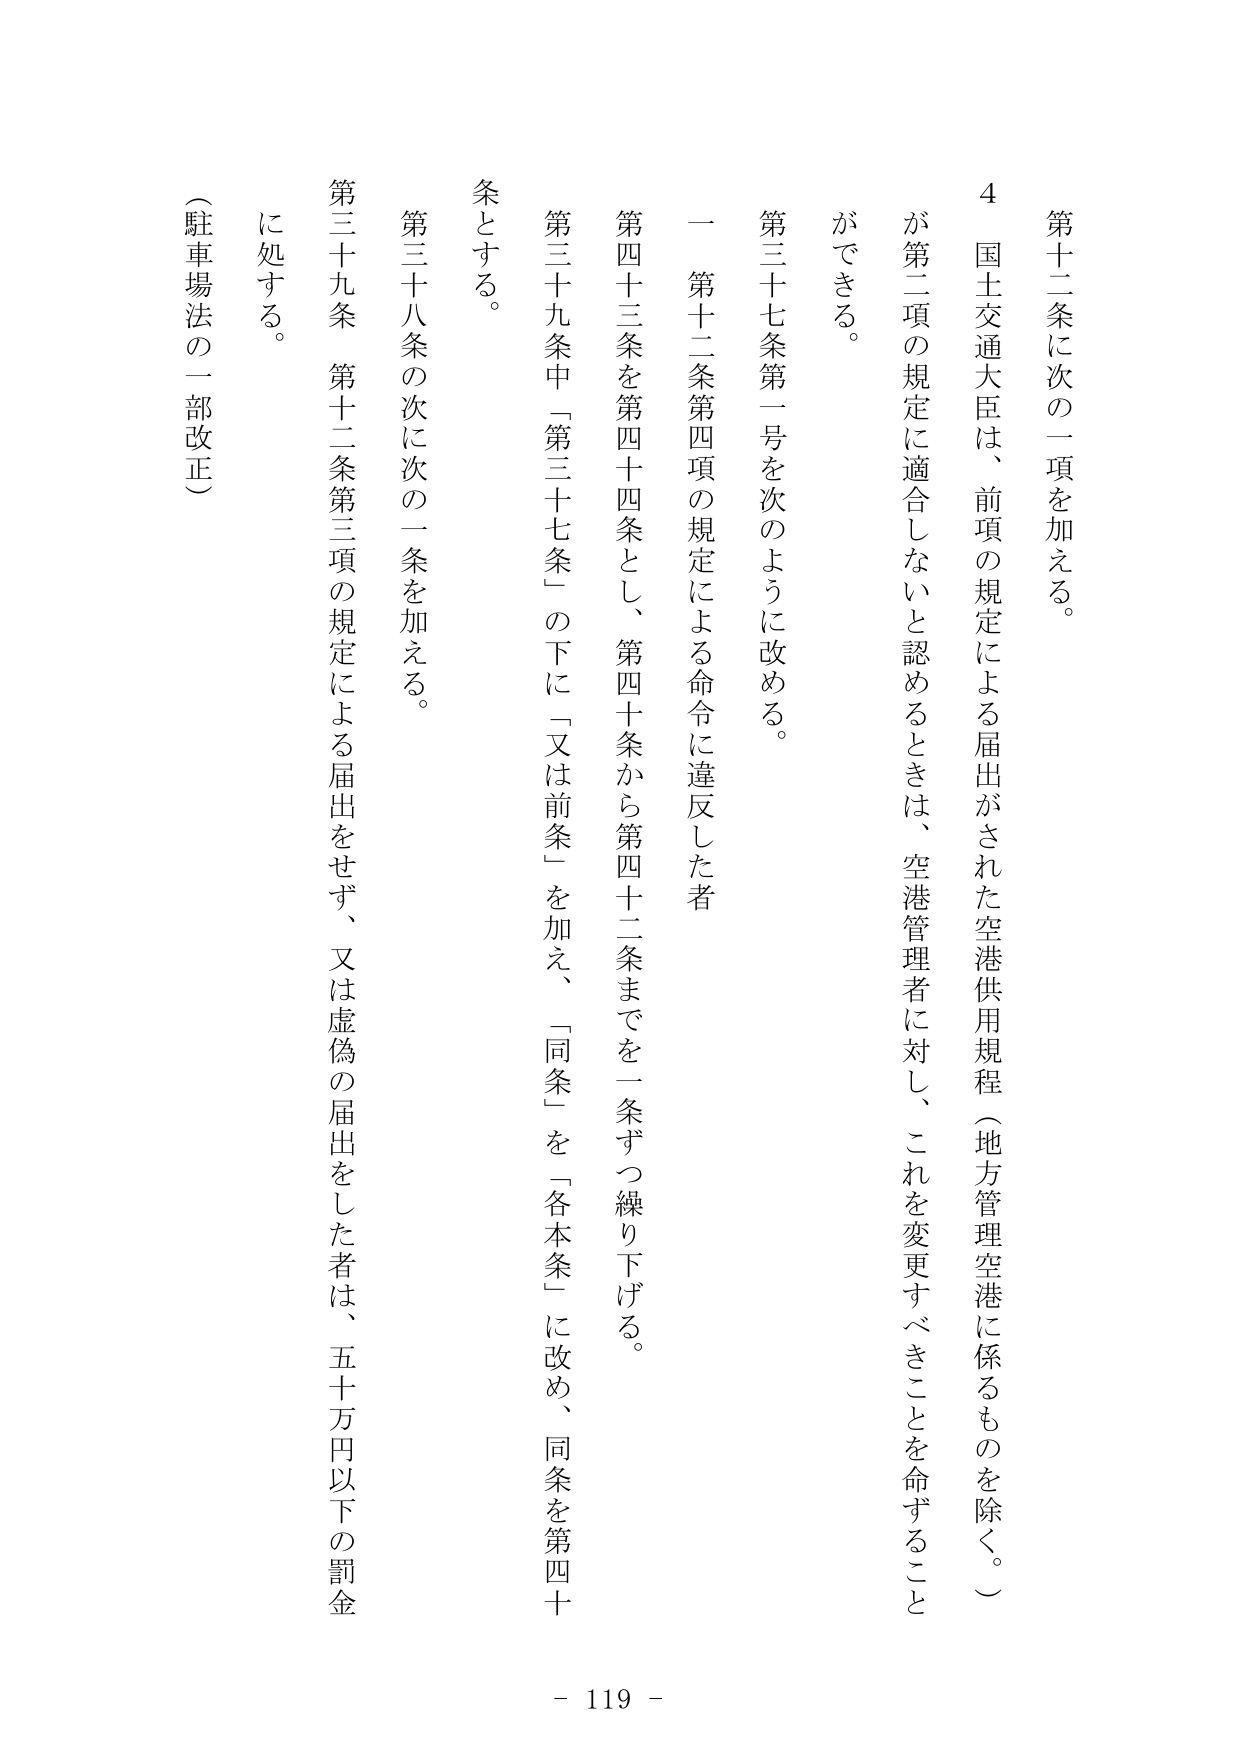
第十二条に次の一項を加える。

４ 国土交通大臣は、前項の規定による届出がされた空港供用規程（地方管理空港に係るものを除く。）が第二項の規定に適合しないと認めるときは、空港管理者に対し、これを変更すべきことを命ずることができる。

第三十七条第一号を次のように改める。

一 第十二条第四項の規定による命令に違反した者

第四十三条を第四十四条とし、第四十条から第四十二条までを一条ずつ繰り下げる。

第三十九条中「第三十七条」の下に「又は前条」を加え、「同条」を「各本条」に改め、同条を第四十条とする。

第三十八条の次に次の一条を加える。

第三十九条 第十二条第三項の規定による届出をせず、又は虚偽の届出をした者は、五十万円以下の罰金に処する。

（駐車場法の一部改正）

- 119 -